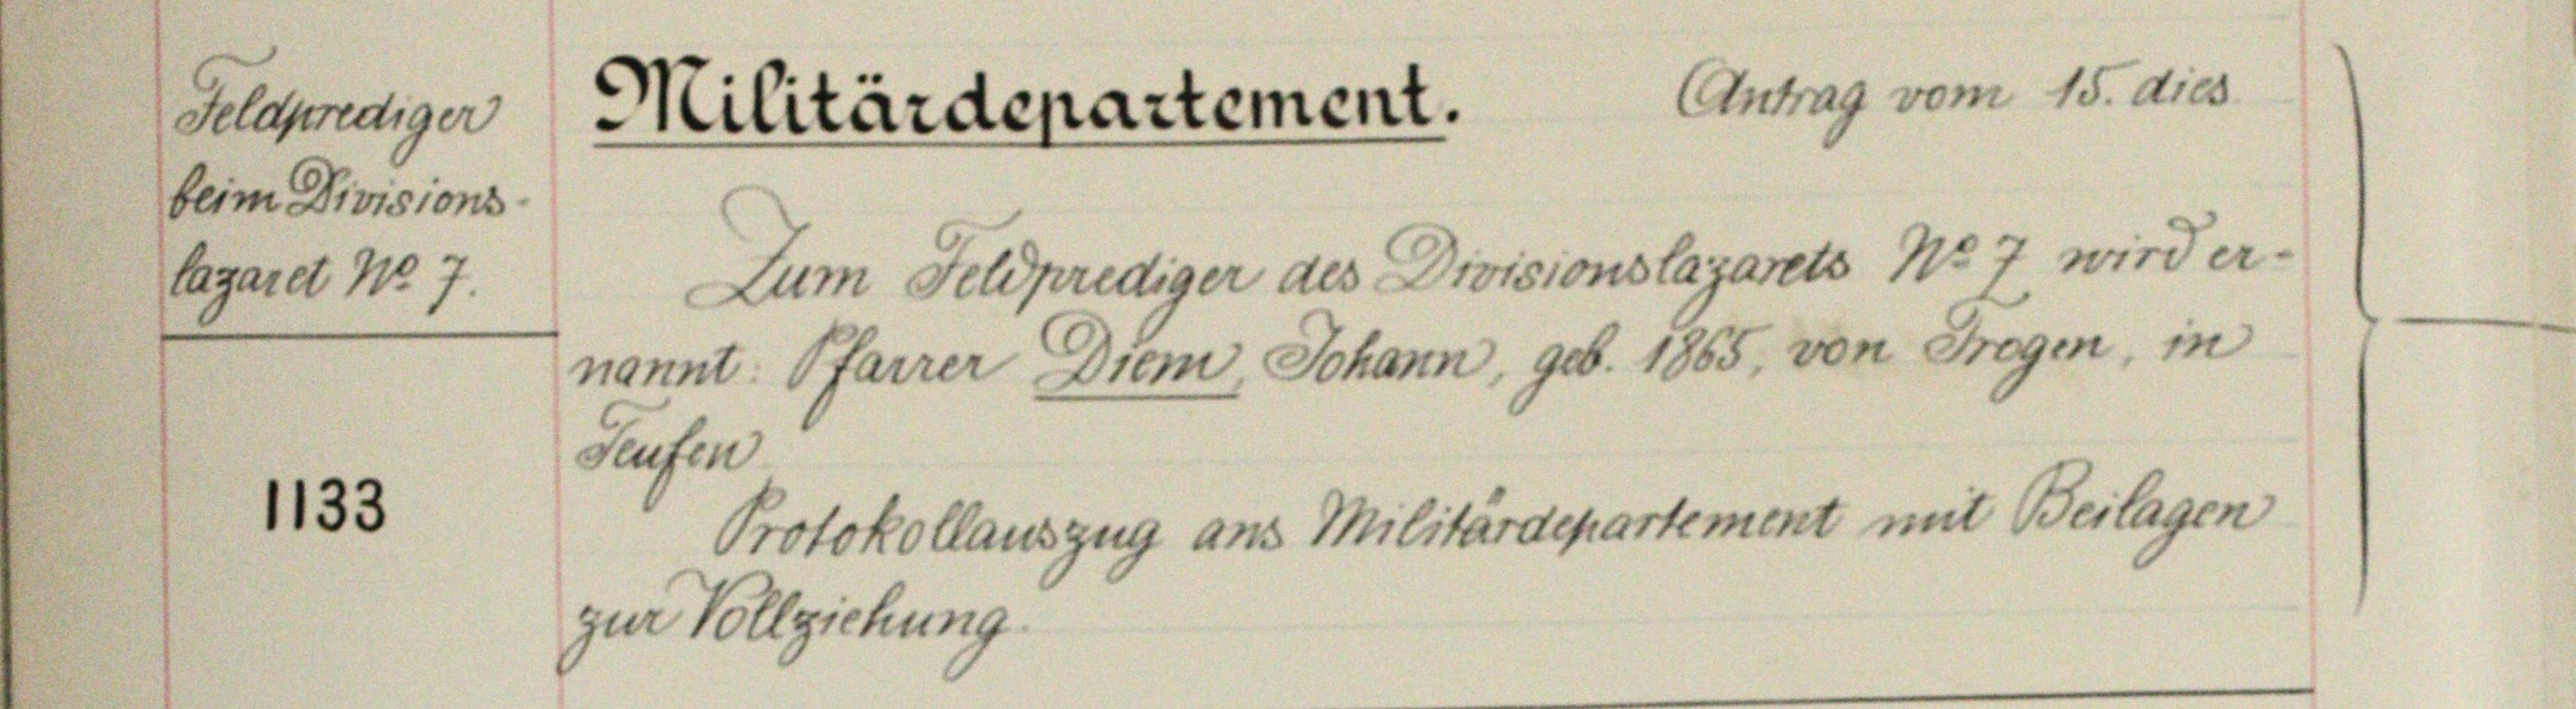
Feldprediger

beim Divisions

lagaret No 7.

1133

Militär

Saufen

zur Vollziehung

Zum Feldprediger des Divisionslazarets No 7 wird er-

C.

ed
15.
vor
d

nannt. Pfarrer Diem, Johann, geb. 1865, von Trogen, in

Protokollauszug aus Militärdepartement mit Beilagen